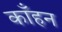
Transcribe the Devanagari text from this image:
काँहन